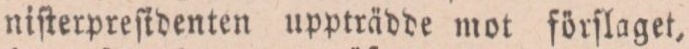
niſterpreſidenten uppträdde mot förſlaget,